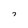
Character: 7